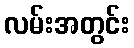
လမ်းအတွင်း